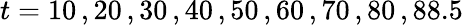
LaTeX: t=10\, ,20\, ,30\, ,40\, ,50\, ,60\, ,70\, ,80\, ,88.5